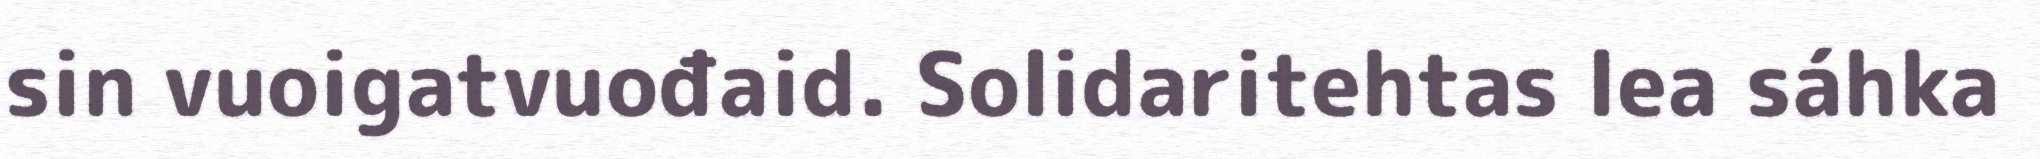
sin vuoigatvuođaid. Solidaritehtas lea sáhka